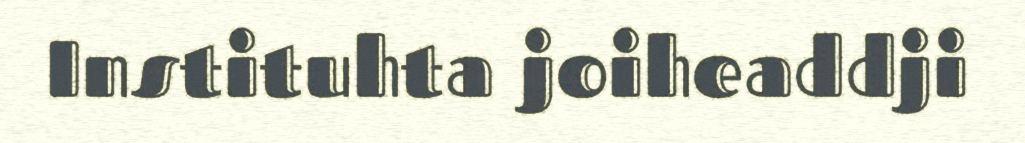
Instituhta joiheaddji